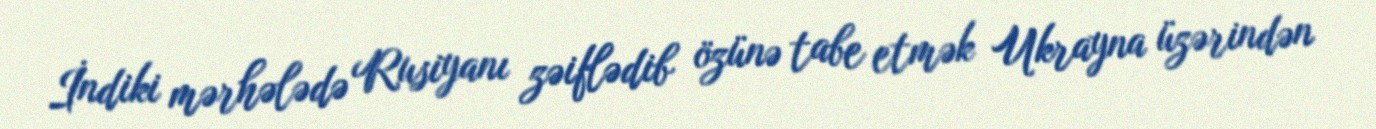
İndiki mərhələdə Rusiyanı zəiflədib özünə tabe etmək Ukrayna üzərindən